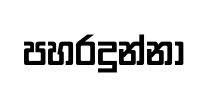
පහරදුන්නා